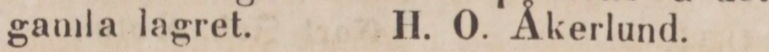
gamla lagret.    H. O. Åkerlund.